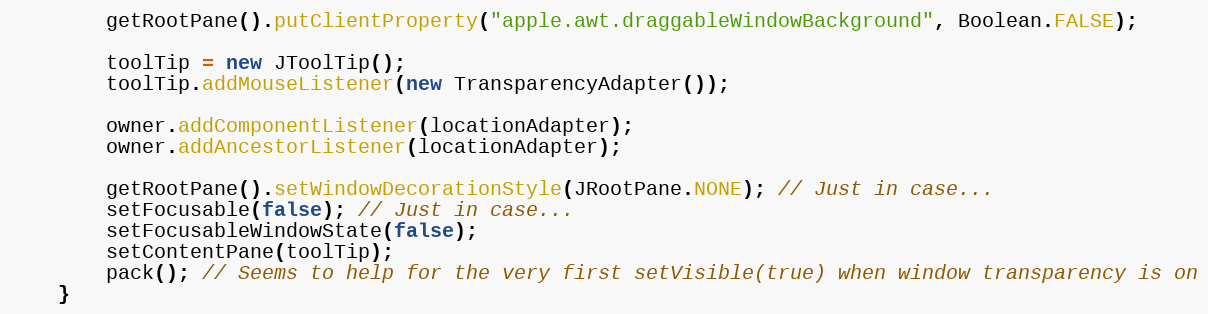
Language: Java
        getRootPane().putClientProperty("apple.awt.draggableWindowBackground", Boolean.FALSE);

        toolTip = new JToolTip();
        toolTip.addMouseListener(new TransparencyAdapter());

        owner.addComponentListener(locationAdapter);
        owner.addAncestorListener(locationAdapter);

        getRootPane().setWindowDecorationStyle(JRootPane.NONE); // Just in case...
        setFocusable(false); // Just in case...
        setFocusableWindowState(false);
        setContentPane(toolTip);
        pack(); // Seems to help for the very first setVisible(true) when window transparency is on
    }